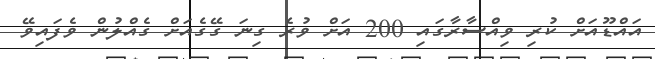
އައްޑޫއަށް ކުރި ވިއްސާރާގައި 200 އަށް ވުރެ ގިނަ ގޭގެއަށް ގެއްލުން ވެފައިވޭ